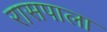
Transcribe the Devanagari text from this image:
रासपाला